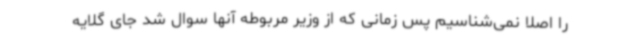
را اصلا نمی‌شناسیم پس زمانی که از وزیر مربوطه آنها سوال شد جای گلایه